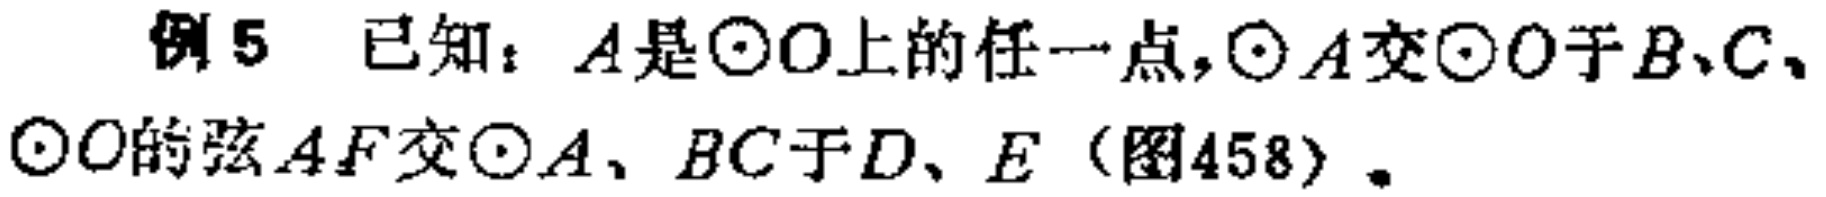
例5 已知：\(A\)是\(\odot O\)上的任一点，\(\odot A\)交\(\odot O\)于\(B、C\)，\(\odot O\)的弦\(AF\)交\(\odot A\)、\(BC\)于\(D、E\)（图458）。